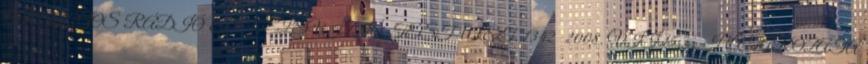
ORSZÁGOS RÁDIÓ ÉS TELEVÍZIÓ TESTÜLET. 1342 2008. VII.15. sz. HATÁROZATA